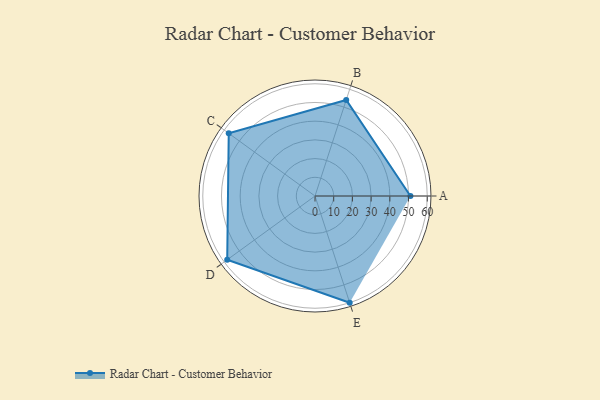
{"axis": {"x": "Skill", "y": "Score"}, "legend": ["Profile"], "data": [{"x": "A", "y": 51.0, "type": "Profile"}, {"x": "B", "y": 54.0, "type": "Profile"}, {"x": "C", "y": 57.0, "type": "Profile"}, {"x": "D", "y": 58.0, "type": "Profile"}, {"x": "E", "y": 60.0, "type": "Profile"}]}